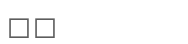
٢٧